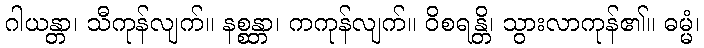
ဂါယန္တာ၊ သီကုန်လျက်။ နစ္စန္တာ၊ ကကုန်လျက်။ ဝိစရန္တိ၊ သွားလာကုန်၏။ ဓမ္မံ၊